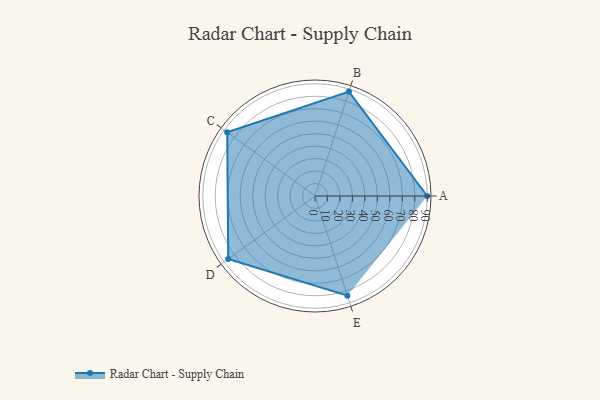
{"axis": {"x": "Skill", "y": "Score"}, "legend": ["Profile"], "data": [{"x": "A", "y": 90.0, "type": "Profile"}, {"x": "B", "y": 88.0, "type": "Profile"}, {"x": "C", "y": 87.0, "type": "Profile"}, {"x": "D", "y": 86.0, "type": "Profile"}, {"x": "E", "y": 84.0, "type": "Profile"}]}